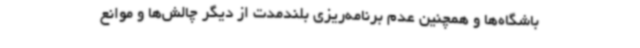
باشگاه‌ها و همچنین عدم برنامه‌ریزی بلندمدت از دیگر چالش‌ها و موانع